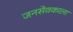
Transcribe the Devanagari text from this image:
जनसेवकाला